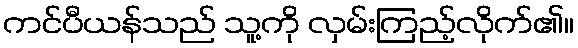
ကင်ပီယန်သည် သူ့ကို လှမ်းကြည့်လိုက်၏။